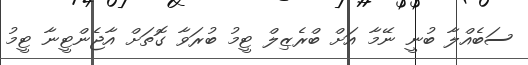
ސަބެއްލާ ބުނީ ނޭމާ އަށް ބްރެޒިލް ޓީމު ބުރަވާ ގޮތަށް އާޖެންޓީނާ ޓީމު